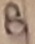
Text: B